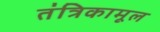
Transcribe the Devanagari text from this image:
तंत्रिकामूल